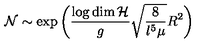
{ \cal N } \sim \exp \left( \frac { \log \dim { \cal H } } { g } \sqrt { \frac { 8 } { l ^ { 5 } \mu } } R ^ { 2 } \right)